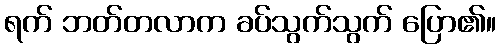
ရက် ဘတ်တလာက ခပ်သွက်သွက် ပြော၏။